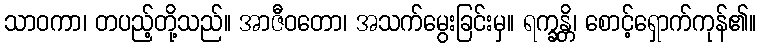
သာဝကာ၊ တပည့်တို့သည်။ အာဇီဝတော၊ အသက်မွေးခြင်းမှ။ ရက္ခန္တိ၊ စောင့်ရှောက်ကုန်၏။